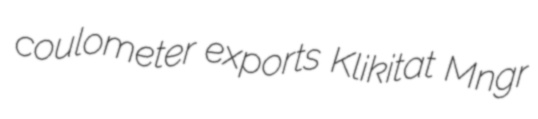
coulometer exports Klikitat Mngr